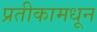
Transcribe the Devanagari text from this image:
प्रतीकामधून